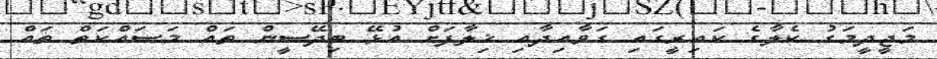
މަޖީދީމަގު ކެލާގެ ކައިރީގައި ގަވާއިދާއި ޚިލާފަށް އުޅޭ ބިދޭސީން ތައް މަސައްކަތް ތައް